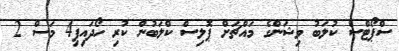
ސްޕޯޓްސް ކުލަބު ވިޝަންގެ މައްޗަށް ޕޮލިސް ކްލަބުން ކުރި ހޯދައިފި4 މަސް 2